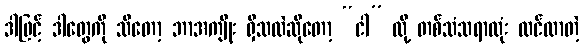
ဒါဖြင့် ဒါတွေကို သိတော့ ဘာအကျိုး ရှိသလဲဆိုတော့ “ငါ” လို့ တစ်သံသရာလုံး ထင်လာတဲ့